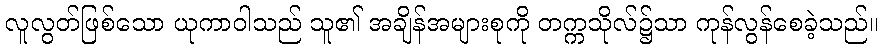
လူလွတ်ဖြစ်သော ယုကာဝါသည် သူ၏ အချိန်အများစုကို တက္ကသိုလ်၌သာ ကုန်လွန်စေခဲ့သည်။